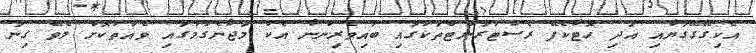
އެކިގޭގޭގަޔާއި އަދި ހޮޓާކެފޭ ރެސްޓުރާންޓްތަކުގައި ބައިވެރިންނާ އެކު މަޖާނެގުމުގައި ވެއަތުކޮށް ލެވޭ ގިނަ